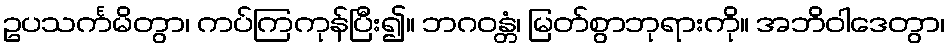
ဥပသင်္ကမိတွာ၊ ကပ်ကြကုန်ပြီး၍။ ဘဂဝန္တံ၊ မြတ်စွာဘုရားကို။ အဘိဝါဒေတွာ၊